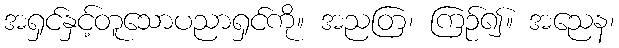
အရှင်နှင့်တူသောပညာရှင်ကို။ အညတြ၊ ကြဉ်၍။ အညေန၊